Indian journal of veterinary science and animal husbandry - Volume 3,
Year: 1933
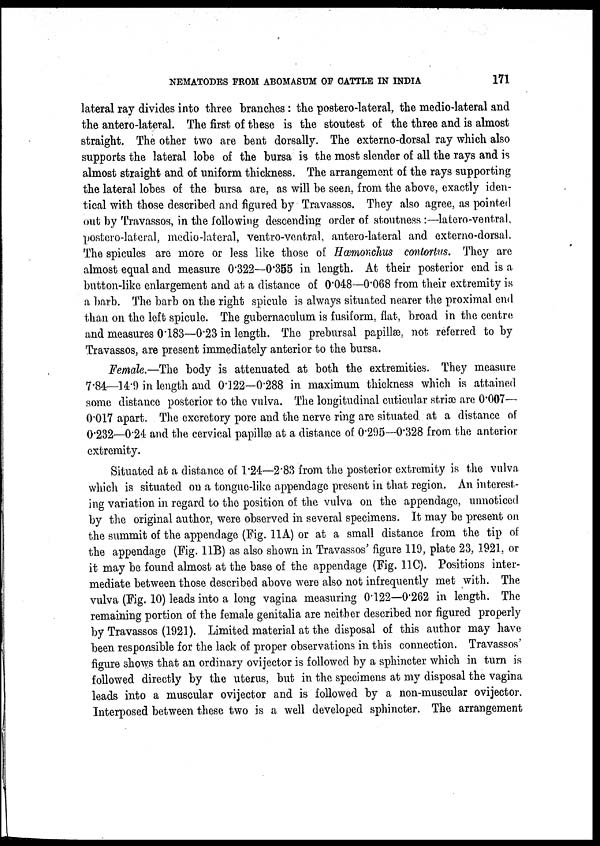
NEMATODES FROM ABOMASUM OF CATTLE IN INDIA
171
lateral ray divides into three branches : the postero-lateral, the medio-lateral and
the antero-lateral. The first of these is the stoutest of the three and is almost
straight. The other two are bent dorsally. The externo-dorsal ray which also
supports the lateral lobe of the bursa is the most slender of all the rays and is
almost straight and of uniform thickness. The arrangement of the rays supporting
the lateral lobes of the bursa are, as will be seen, from the above, exactly iden-
tical with those described and figured by Travassos. They also agree, as pointed
out by Travassos, in the following descending order of stoutness :—latero-ventral.
postero-lateral, medio-lateral, ventro-ventral, antero-lateral and externo-dorsal.
The spicules are more or less like those of Hæmonehus contortus. They are
almost equal and measure 0.322—0.355 in length. At their posterior end is a
button-like enlargement and at a distance of 0.048—0.068 from their extremity is
a barb. The barb on the right spicule is always situated nearer the proximal end
than on the left spicule. The gubernaculum is fusiform, flat, broad in the centre
and measures 0.183—0.23 in length. The prebursal papillæ, not referred to by
Travassos, are present immediately anterior to the bursa.
Female.—The body is attenuated at both the extremities. They measure
7.84—14.9 in length and 0.122—0.288 in maximum thickness which is attained
some distance posterior to the vulva. The longitudinal cuticular striæ are 0.007—
0.017 apart. The excretory pore and the nerve ring are situated at a distance of
0.232—0.24 and the cervical papillæ at a distance of 0.295—0.328 from the anterior
extremity.
Situated at a distance of 1.24—2.83 from the posterior extremity is the vulva
which is situated on a tongue-like appendage present in that region. An interest-
ing variation in regard to the position of the vulva on the appendage, unnoticed
by the original author, were observed in several specimens. It may be present on
the summit of the appendage (Fig. 11A) or at a small distance from the tip of
the appendage (Fig. 11B) as also shown in Travassos' figure 119, plate 23, 1921, or
it may be found almost at the base of the appendage (Fig. 11C). Positions inter-
mediate between those described above were also not infrequently met with. The
vulva (Fig. 10) leads into a long vagina measuring 0.122—0.262 in length. The
remaining portion of the female genitalia are neither described nor figured properly
by Travassos (1921). Limited material at the disposal of this author may have
been responsible for the lack of proper observations in this connection. Travassos'
figure shows that an ordinary ovijector is followed by a sphincter which in turn is
followed directly by the uterus, but in the specimens at my disposal the vagina
leads into a muscular ovijector and is followed by a non-muscular ovijector.
Interposed between these two is a well developed sphincter. The arrangement